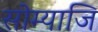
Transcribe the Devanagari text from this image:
सोम्याजि